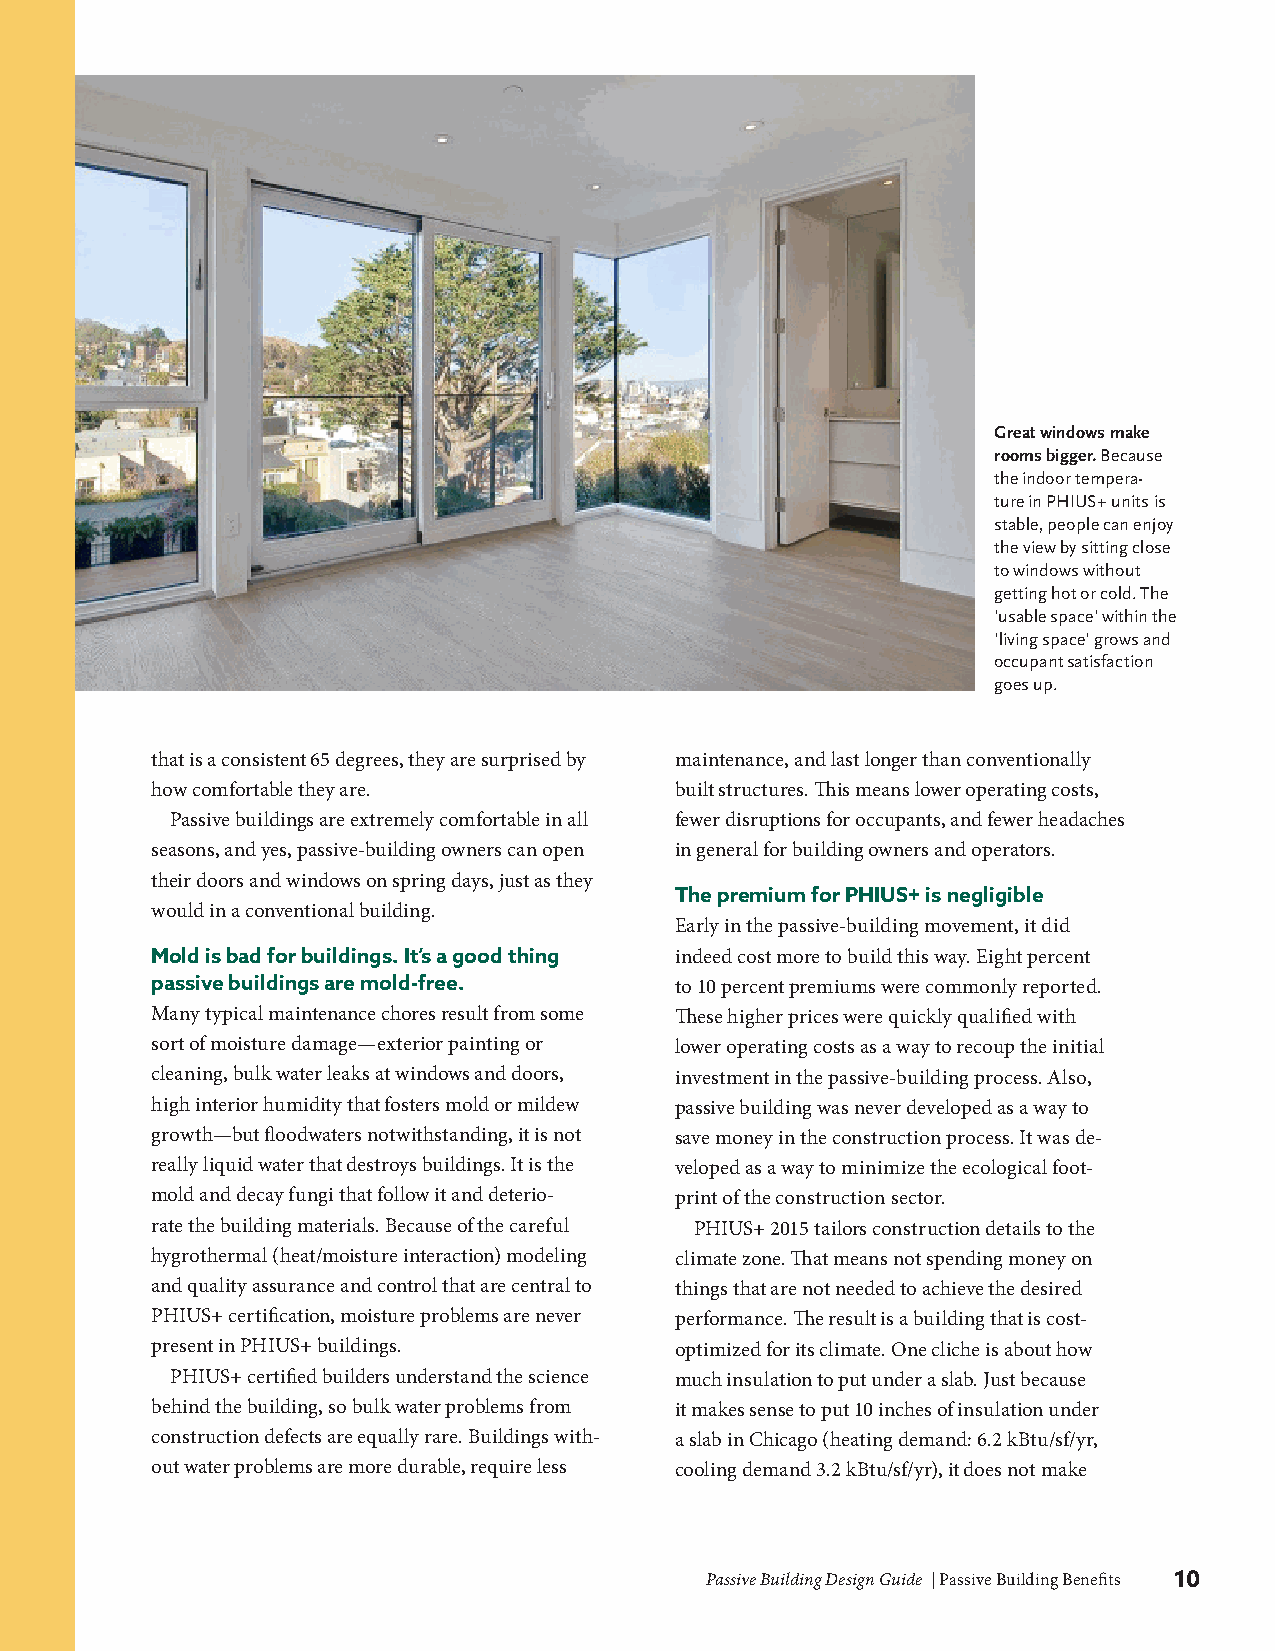
Great windows make
 rooms bigger. Because
 the indoor tempera-
 ture in PHIUS+ units is
 stable, people can enjoy
 the view by sitting close
 to windows without
 getting hot or cold. The
 'usable space' within the
 'living space' grows and
 occupant satisfaction
 goes up.
 that is a consistent 65 degrees, they are surprised by maintenance, and last longer than conventionally
 how comfortable they are.          built structures. This means lower operating costs,
 Passive buildings are extremely comfortable in all fewer disruptions for occupants, and fewer headaches
 seasons, and yes, passive-building owners can open in general for building owners and operators.
 their doors and windows on spring days, just as they
 The premium for PHIUS+ is negligible
 would in a conventional building.
 Early in the passive-building movement, it did
 Mold is bad for buildings. It’s a good thing indeed cost more to build this way. Eight percent
 passive buildings are mold-free.   to 10 percent premiums were commonly reported.
 Many typical maintenance chores result from some These higher prices were quickly qualified with
 sort of moisture damage—exterior painting or lower operating costs as a way to recoup the initial
 cleaning, bulk water leaks at windows and doors, investment in the passive-building process. Also,
 high interior humidity that fosters mold or mildew passive building was never developed as a way to
 growth—but floodwaters notwithstanding, it is not save money in the construction process. It was de-
 really liquid water that destroys buildings. It is the veloped as a way to minimize the ecological foot-
 mold and decay fungi that follow it and deterio- print of the construction sector.
 rate the building materials. Because of the careful PHIUS+ 2015 tailors construction details to the
 hygrothermal (heat/moisture interaction) modeling climate zone. That means not spending money on
 and quality assurance and control that are central to things that are not needed to achieve the desired
 PHIUS+ certification, moisture problems are never performance. The result is a building that is cost-
 present in PHIUS+ buildings.       optimized for its climate. One cliche is about how
 PHIUS+ certified builders understand the science much insulation to put under a slab. Just because
 behind the building, so bulk water problems from it makes sense to put 10 inches of insulation under
 construction defects are equally rare. Buildings with- a slab in Chicago (heating demand: 6.2 kBtu/sf/yr,
 out water problems are more durable, require less cooling demand 3.2 kBtu/sf/yr), it does not make
 Passive Building Design Guide | Passive Building Benefits 10